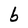
Character: b